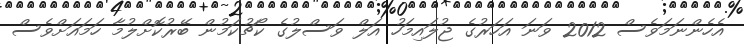
އެހެންނަމަވެސް 2012 ވަނަ އަހަރުގެ ޖުލައިމަހު އަލް ވަސްލުގެ ކޯޗުކަމުން ބޭރުކޮށްލުމާ ހަމައަށްވެސް